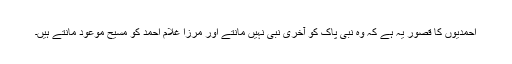
احمدیوں کا قصور یہ ہے کہ وہ نبی پاک کو آخری نبی نہیں مانتے اور مرزا غلام احمد کو مسیح موعود مانتے ہیں۔